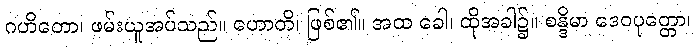
ဂဟိတော၊ ဖမ်းယူအပ်သည်။ ဟောတိ၊ ဖြစ်၏။ အထ ခေါ၊ ထိုအခါ၌။ စန္ဒိမာ ဒေဝပုတ္တော၊